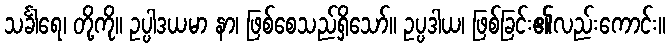
သင်္ခါရေ၊ တို့ကို။ ဥပ္ပါဒယမာ နာ၊ ဖြစ်စေသည်ရှိသော်။ ဥပ္ပဒါယ၊ ဖြစ်ခြင်း၏လည်းကောင်း။